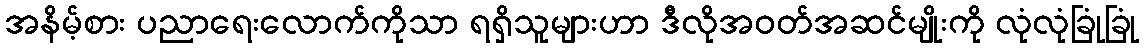
အနိမ့်စား ပညာရေးလောက်ကိုသာ ရရှိသူများဟာ ဒီလိုအဝတ်အဆင်မျိုးကို လုံလုံခြုံခြုံ